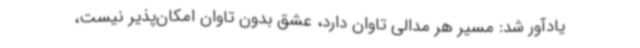
یادآور شد: مسیر هر مدالی تاوان دارد، عشق بدون تاوان امکان‌پذیر نیست،